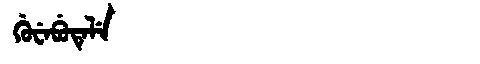
Manchu: ᡤᡠᠸᡝᠪᡠᡨᡝᠯᡝ
Romanization: GUWEBUTELE